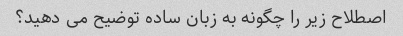
اصطلاح زیر را چگونه به زبان ساده توضیح می دهید؟